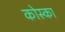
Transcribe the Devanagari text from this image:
कोस्का